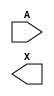
/**
 * Copyright 2020 The SkyWater PDK Authors
 *
 * Licensed under the Apache License, Version 2.0 (the "License");
 * you may not use this file except in compliance with the License.
 * You may obtain a copy of the License at
 *
 *     https://www.apache.org/licenses/LICENSE-2.0
 *
 * Unless required by applicable law or agreed to in writing, software
 * distributed under the License is distributed on an "AS IS" BASIS,
 * WITHOUT WARRANTIES OR CONDITIONS OF ANY KIND, either express or implied.
 * See the License for the specific language governing permissions and
 * limitations under the License.
 *
 * SPDX-License-Identifier: Apache-2.0
 */

`ifndef SKY130_FD_SC_HS__DLYGATE4SD3_SYMBOL_V
`define SKY130_FD_SC_HS__DLYGATE4SD3_SYMBOL_V

/**
 * dlygate4sd3: Delay Buffer 4-stage 0.50um length inner stage gates.
 *
 * Verilog stub (without power pins) for graphical symbol definition
 * generation.
 *
 * WARNING: This file is autogenerated, do not modify directly!
 */

`timescale 1ns / 1ps
`default_nettype none

(* blackbox *)
module sky130_fd_sc_hs__dlygate4sd3 (
    //# {{data|Data Signals}}
    input  A,
    output X
);

    // Voltage supply signals
    supply1 VPWR;
    supply0 VGND;

endmodule

`default_nettype wire
`endif  // SKY130_FD_SC_HS__DLYGATE4SD3_SYMBOL_V